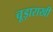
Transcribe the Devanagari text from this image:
चूड़ाराखी